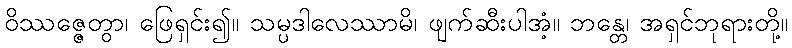
ဝိဿဇ္ဇေတွာ၊ ဖြေရှင်း၍။ သမ္ပဒါလေဿာမိ၊ ဖျက်ဆီးပါအံ့။ ဘန္တေ၊ အရှင်ဘုရားတို့။